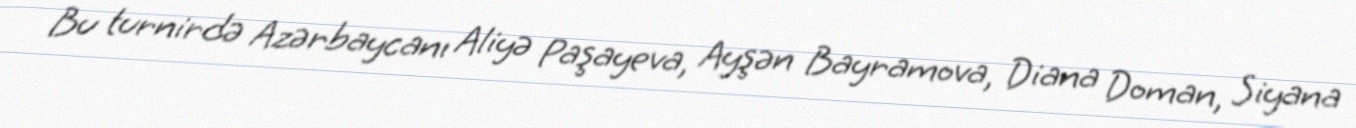
Bu turnirdə Azərbaycanı Aliyə Paşayeva, Ayşən Bayramova, Diana Doman, Siyana